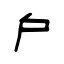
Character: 戶